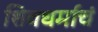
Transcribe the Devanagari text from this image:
शिवधर्माचं